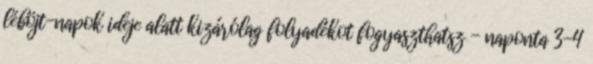
léböjt-napok ideje alatt kizárólag folyadékot fogyaszthatsz - naponta 3-4